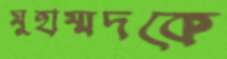
মুহাম্মদকে